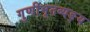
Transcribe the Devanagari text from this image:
गुणीभूतव्यङ्य